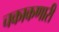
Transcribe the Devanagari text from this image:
चकाकणारी